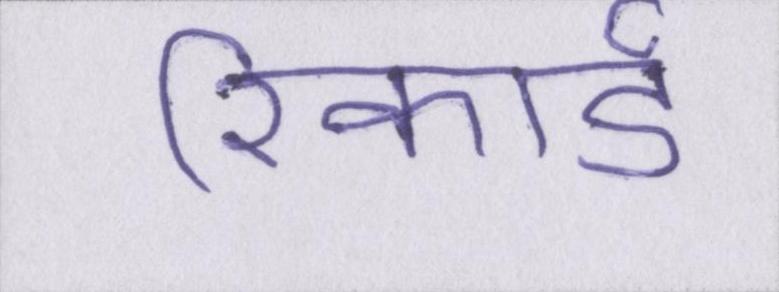
रिकार्ड